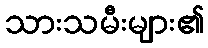
သားသမီးများ၏